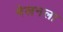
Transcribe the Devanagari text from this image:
मेलनला